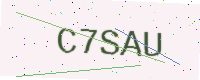
Text: C7SAU